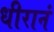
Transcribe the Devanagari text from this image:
धीरानं